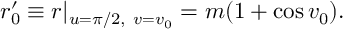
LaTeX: r _ { 0 } ^ { \prime } \equiv r | _ { u = \pi / 2 , ~ v = v _ { 0 } } = m ( 1 + \cos v _ { 0 } ) .